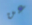
عن